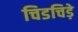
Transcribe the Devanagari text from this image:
चिडचिड़े